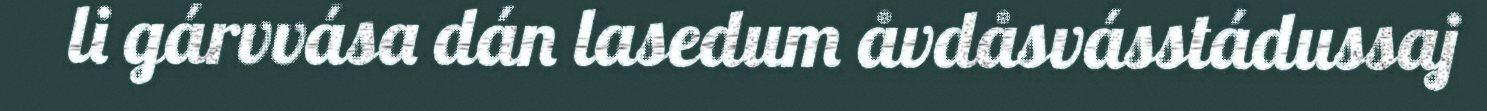
li gárvvása dán lasedum åvdåsvásstádussaj